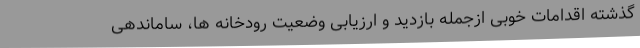
گذشته اقدامات خوبی ازجمله بازدید و ارزیابی وضعیت رودخانه ها، ساماندهی